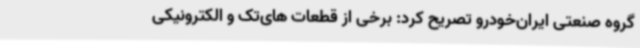
گروه صنعتی ایران‌خودرو تصریح کرد: برخی از قطعات های‌تک و الکترونیکی